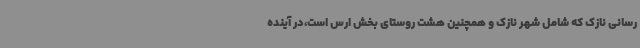
‌رسانی نازک که شامل شهر نازک و همچنین هشت روستای بخش ارس است،در آینده